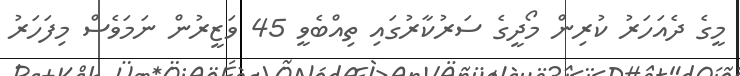
މީގެ ދެއަހަރު ކުރިން މޯދީގެ ސަރުކާރުގައި ތިއްބެވީ 45 ވަޒީރުން ނަމަވެސް މިފަހަރު